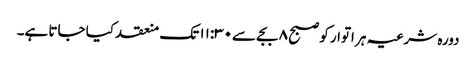
دورہ شرعیہ ہر اتوار کو صبح ۸ بجے سے۱۱:۳۰ تک منعقد کیا جاتا ہے۔